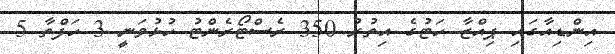
އިންޑިއާގައި ޕިއްޒާ ހަޓުގެ އިތުރު 350 ރެސްޓޯރެންޓު ހުޅުވަނީ 3 ހަފްތާ 5